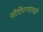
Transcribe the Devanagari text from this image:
नीतिरत्नावली